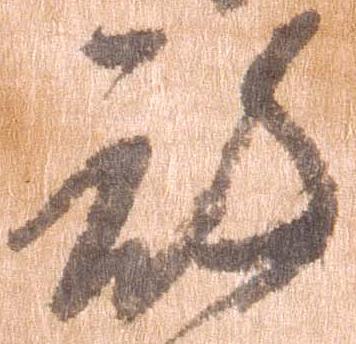
被